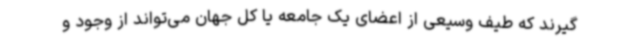
گیرند که طیف وسیعی از اعضای یک جامعه یا کل جهان می‌تواند از وجود و